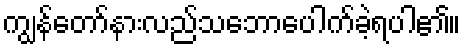
ကျွန်တော်နားလည်သဘောပေါက်ခဲ့ရပါ၏။